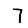
Digit: 7